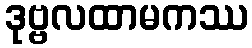
ဒုဗ္ဗလထာမကဿ